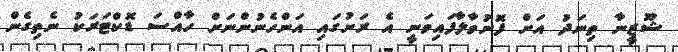
ޝޫޒީނާ ތިނަދު އަށް ފޮނުވާލާފައިވަނީ އެ ރަށުގައި އަންހެނުންނަށް ހާއްސަ ޑޮކްޓަރަކު ނެތިގެން